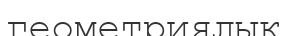
геометриялык